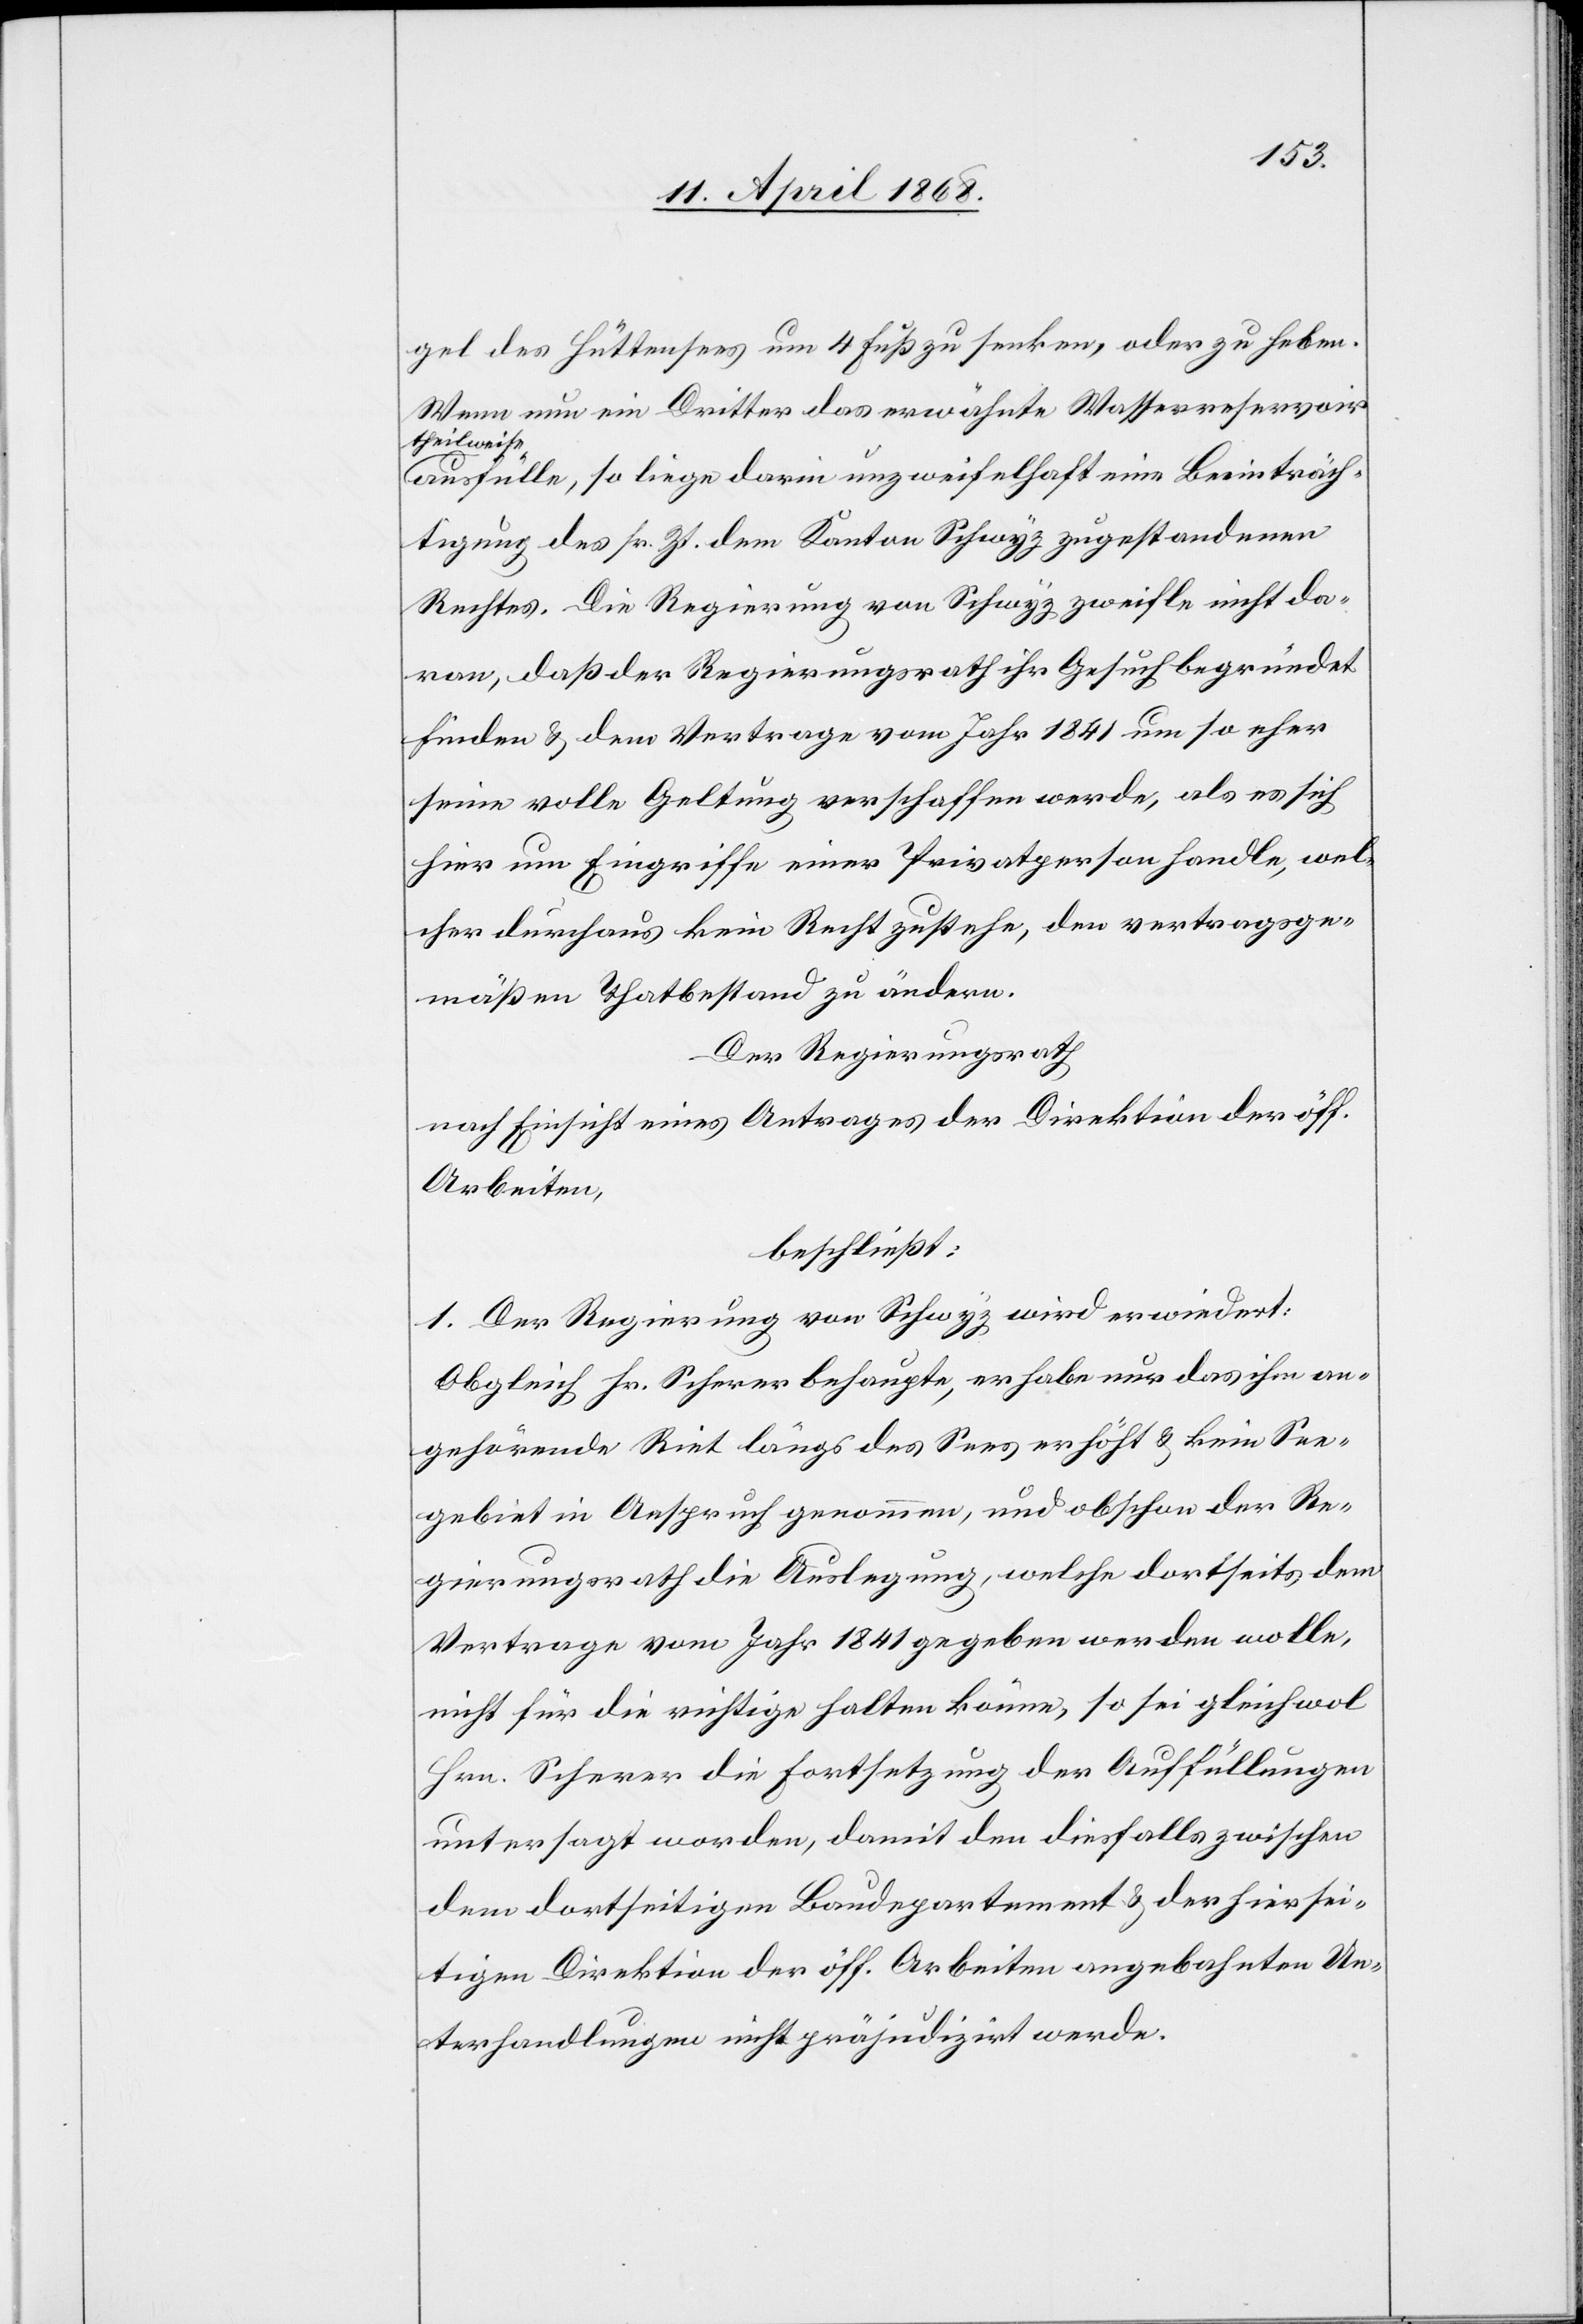
gel des Hüttensees um 4 Fuß zu senken, oder zu heben.
Wenn nun ein Dritter das erwähnte Wasserreservoir
theilweise
ausfülle, so liege darin unzweifelhaft eine Beeinträch¬
tigung des sr. Zt. dem Kanton Schwyz zugestandenen
Rechtes. Die Regierung von Schwyz zweifle nicht da¬
ran, daß der Regierungsrath ihr Gesuch begründet
finden & dem Vertrage vom Jahr 1841 um so eher
seine volle Geltung verschaffen werde, als es sich
hier um Eingriffe einer Privatperson handle, wel¬
cher durchaus kein Recht zustehe, den vertragsge¬
mäßen Thatbestand zu ändern.
Der Regierungsrath
nach Einsicht eines Antrages der Direktion der öff.
Arbeiten,
beschließt:
1. Der Regierung von Schwyz wird erwiedert:
Obgleich Hr. Scherer behaupte, er habe nur das ihm an¬
gehörende Riet längs des Sees erhöht & kein See¬
gebiet in Anspruch genommen, und obschon der Re¬
gierungsrath die Auslegung, welche dortseits dem
Vertrage vom Jahr 1841 gegeben werden wolle,
nicht für die richtige halten könne, so sei gleichwol
Hrn. Scherer die Fortsetzung der Auffüllungen
untersagt worden, damit den diesfalls zwischen
dem dortseitigen Baudepartement & der hiersei¬
tigen Direktion der öff. Arbeiten angebahnten Un¬
terhandlungen nicht präjudizirt werde.